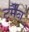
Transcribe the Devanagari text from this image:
टर्मैन